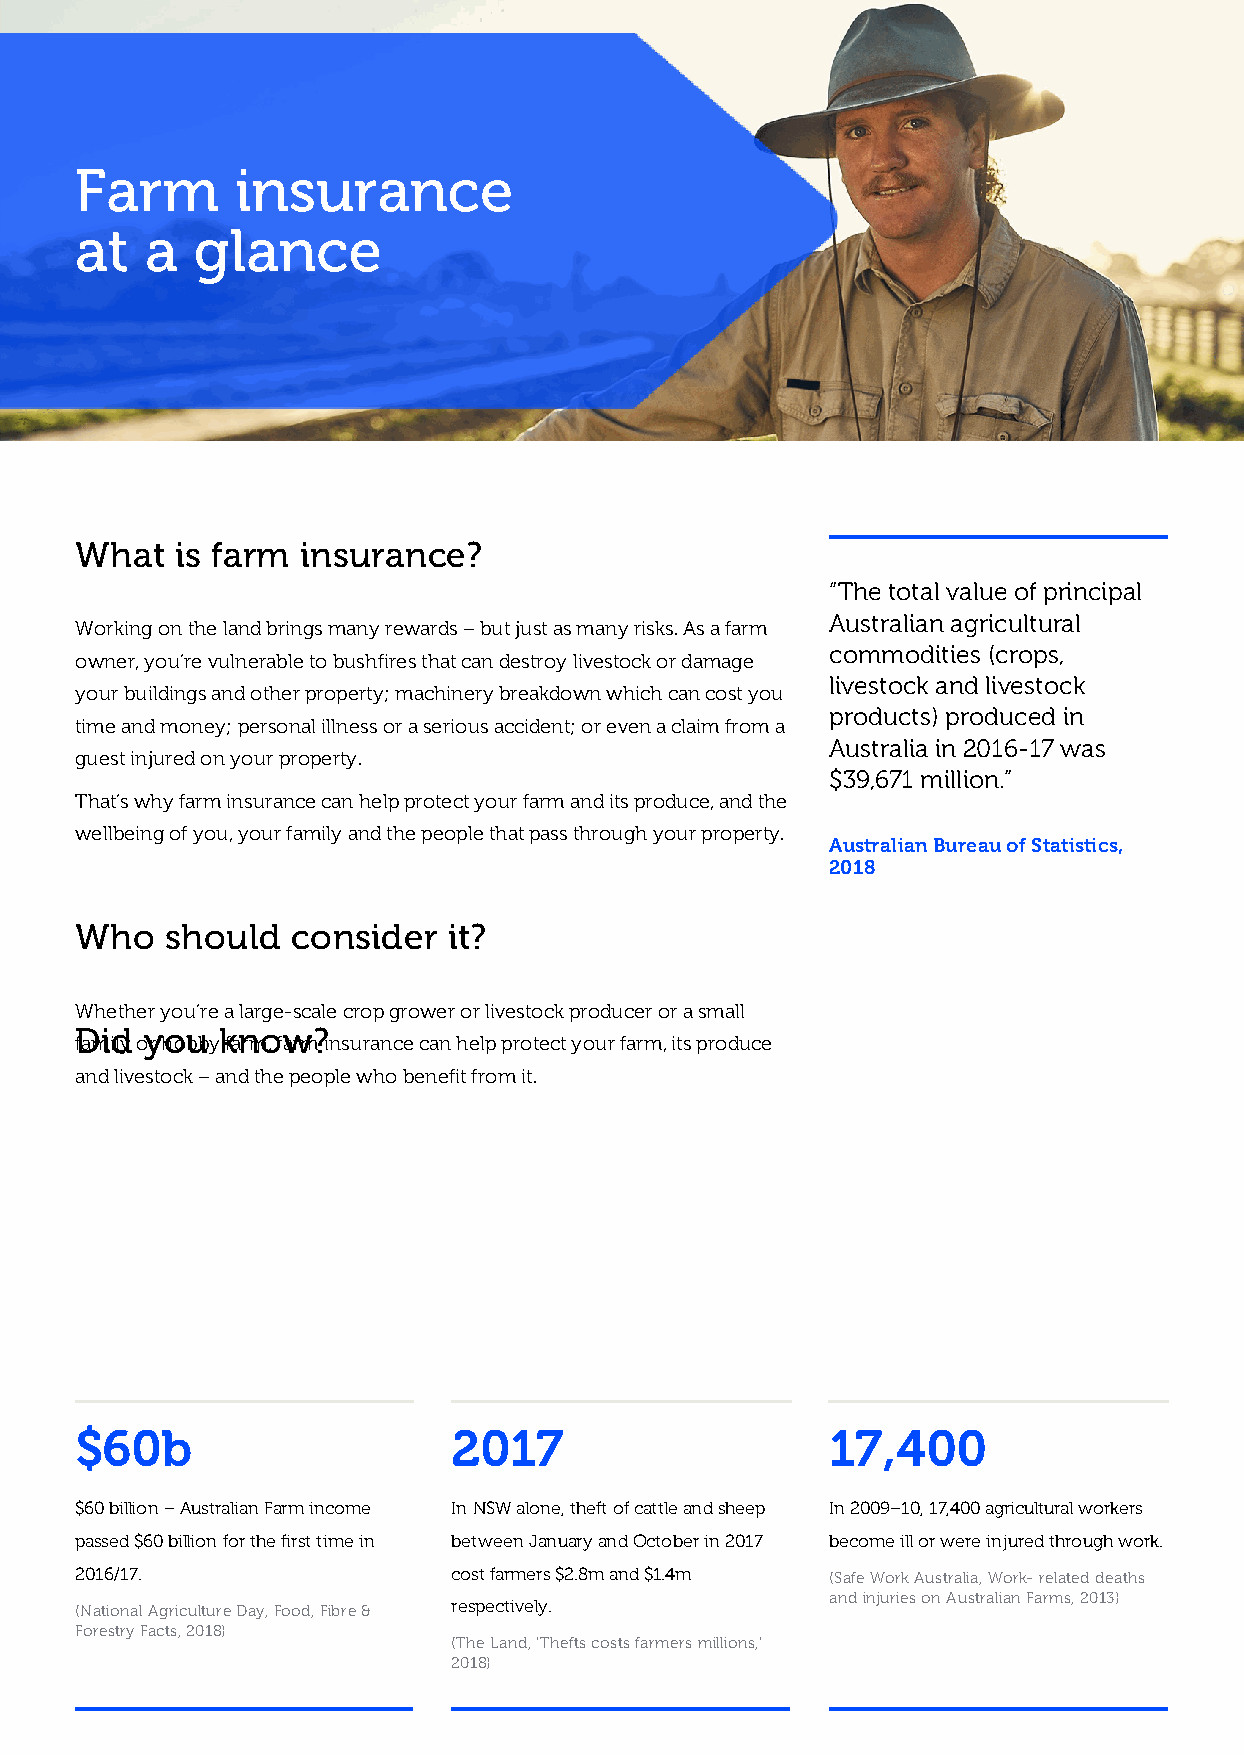
Farm       insurance
 at   a  glance
 What   is farm insurance?
 “The total value of principal
 Australian agricultural
 Working on the land brings many rewards – but just as many risks. As a farm
 commodities (crops,
 owner, you’re vulnerable to bushfires that can destroy livestock or damage
 livestock and livestock
 your buildings and other property; machinery breakdown which can cost you
 products) produced in
 time and money; personal illness or a serious accident; or even a claim from a
 Australia in 2016-17 was
 guest injured on your property.
 $39,671 million.”
 That’s why farm insurance can help protect your farm and its produce, and the
 wellbeing of you, your family and the people that pass through your property.
 Australian Bureau of Statistics,
 2018
 Who   should  consider   it?
 Whether you’re a large-scale crop grower or livestock producer or a small
 Did  you know?
 family or hobby farm, farm insurance can help protect your farm, its produce
 and livestock – and the people who benefit from it.
 $60b                     2017                     17,400
 $60 billion – Australian Farm income In NSW alone, theft of cattle and sheep In 2009–10, 17,400 agricultural workers
 passed $60 billion for the first time in between January and October in 2017 become ill or were injured through work.
 2016/17.                 cost farmers $2.8m and $1.4m (Safe Work Australia, Work- related deaths
 and injuries on Australian Farms, 2013)
 (National Agriculture Day, Food, Fibre & respectively.
 Forestry Facts, 2018)
 (The Land, ‘Thefts costs farmers millions,’
 2018)